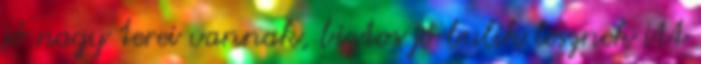
jó nagy terei vannak, biztos jó bulik lesznek itt